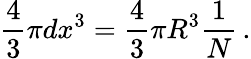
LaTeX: \frac{4}{3}\pi dx^{3}=\frac{4}{3}\pi R^{3}\frac{1}{N}\, .